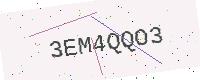
Text: 3EM4QQO3